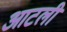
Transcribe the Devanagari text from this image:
आटली